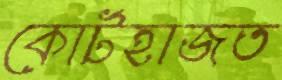
কোর্টহাজত